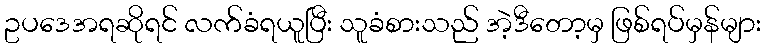
ဥပဒေအရဆိုရင် လက်ခံရယူပြီး သူခံစားသည် အဲ့ဒီတော့မှ ဖြစ်ရပ်မှန်များ